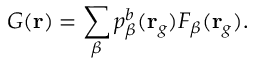
G ( \mathbf { r } ) = \sum _ { \beta } p _ { \beta } ^ { b } ( \mathbf { r } _ { g } ) F _ { \beta } ( \mathbf { r } _ { g } ) .